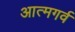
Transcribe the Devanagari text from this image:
आत्मगर्व